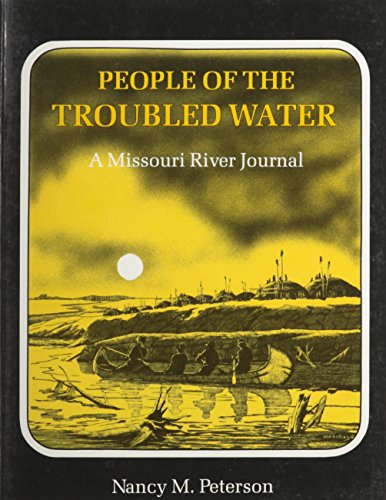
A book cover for People of the Troubled Water: A Missouri River Journal; Nancy M. Peterson; Travel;